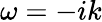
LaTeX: \omega=-ik